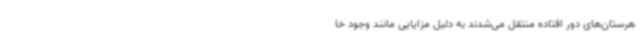
هرستان‌های دور افتاده منتقل می‌شدند به دلیل مزایایی مانند وجود خا